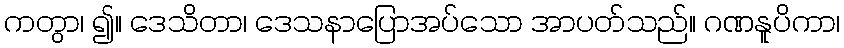
ကတွာ၊ ၍။ ဒေသိတာ၊ ဒေသနာပြောအပ်သော အာပတ်သည်။ ဂဏနူပိကာ၊